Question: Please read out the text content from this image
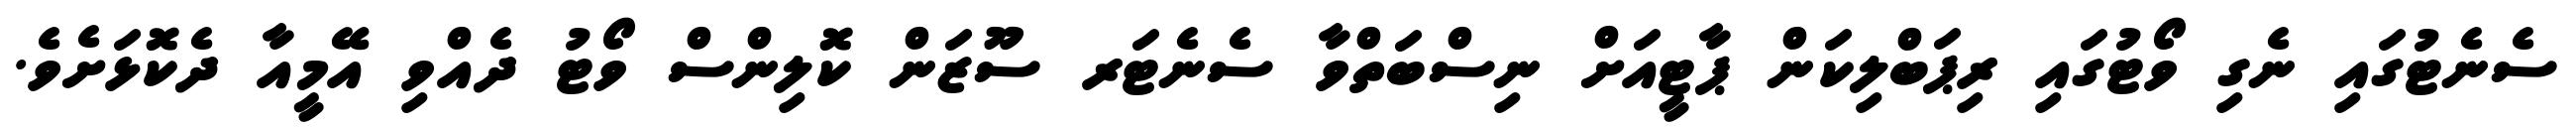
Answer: ސެނެޓުގައި ނެގި ވޯޓުގައި ރިޕަބްލިކަން ޕާޓީއަށް ނިސްބަތްވާ ސެނެޓަރ ސޫޒަން ކޮލިންސް ވޯޓު ދެއްވި އޭމީއާ ދެކޮޅަށެވެ.